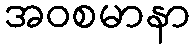
အဝစမာနာ